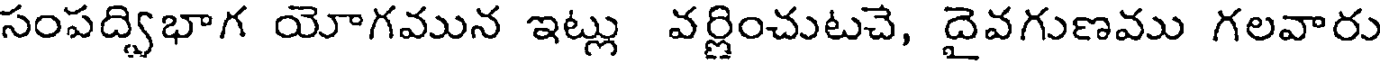
సంపద్విభాగ యోగమున ఇట్లు వర్ణించుటచే, దైవగుణము గలవారు